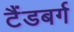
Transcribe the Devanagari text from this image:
टैंडबर्ग